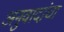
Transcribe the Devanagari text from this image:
अनुवादांचा